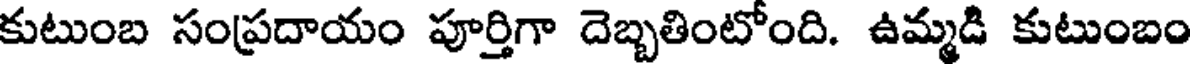
కుటుంబ సంప్రదాయం పూర్తిగా దెబ్బతింటోంది. ఉమ్మడి కుటుంబం